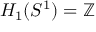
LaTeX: H _ { 1 } ( S ^ { 1 } ) = \mathbb { Z }